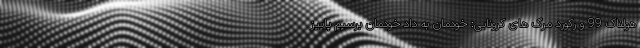
هولناک 99 و رکورد مرگ های کرونایی: خودمان به داد خودمان برسیم پاییز